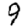
Digit: 9